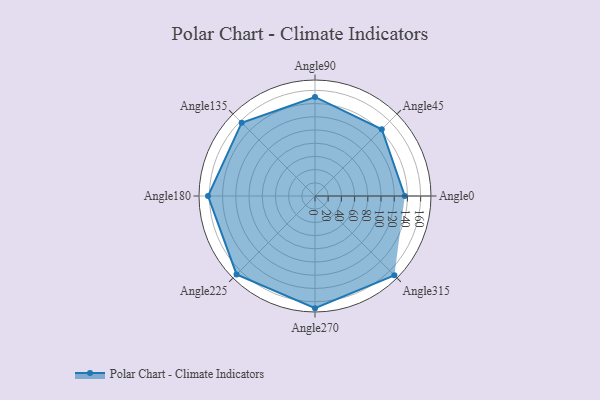
{"axis": {"x": "Angle", "y": "Radius"}, "legend": [""], "data": [{"x": "Angle0", "y": 136.0, "type": ""}, {"x": "Angle45", "y": 143.0, "type": ""}, {"x": "Angle90", "y": 150.0, "type": ""}, {"x": "Angle135", "y": 157.0, "type": ""}, {"x": "Angle180", "y": 162.0, "type": ""}, {"x": "Angle225", "y": 168.0, "type": ""}, {"x": "Angle270", "y": 170, "type": ""}, {"x": "Angle315", "y": 170, "type": ""}]}